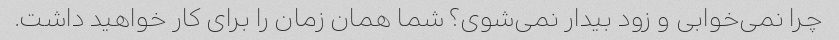
چرا نمی‌خوابی و زود بیدار نمی‌شوی؟ شما همان زمان را برای کار خواهید داشت.